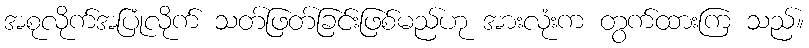
အစုလိုက်အပြုံလိုက် သတ်ဖြတ်ခြင်းဖြစ်မည်ဟု အားလုံးက တွက်ထားကြ သည်။